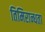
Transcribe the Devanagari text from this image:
तिमिरान्धता